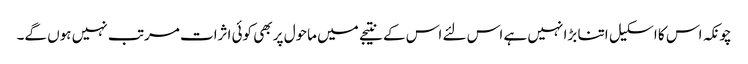
چونکہ اس کا اسکیل اتنا بڑا نہیں ہے اس لئے اس کے نتیجے میں ماحول پر بھی کوئی اثرات مرتب نہیں ہوں گے۔